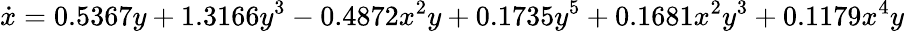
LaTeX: \dot{x}=0.5367y+1.3166y^{3}-0.4872x^{2}y+0.1735y^{5}+0.1681x^{2}y^{3}+0.1179x^{4}y